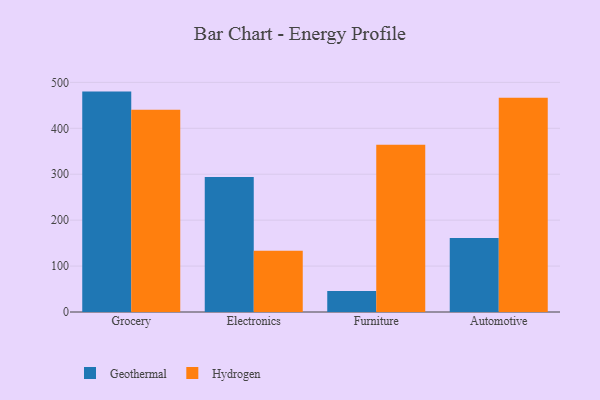
{"axis": {"x": "Category", "y": "Bounce Rate (%)"}, "legend": ["Geothermal", "Hydrogen"], "data": [{"x": "Grocery", "y": 479.9, "type": "Geothermal"}, {"x": "Grocery", "y": 440.5, "type": "Hydrogen"}, {"x": "Electronics", "y": 293.9, "type": "Geothermal"}, {"x": "Electronics", "y": 133.2, "type": "Hydrogen"}, {"x": "Furniture", "y": 45.9, "type": "Geothermal"}, {"x": "Furniture", "y": 364.1, "type": "Hydrogen"}, {"x": "Automotive", "y": 161.3, "type": "Geothermal"}, {"x": "Automotive", "y": 466.6, "type": "Hydrogen"}]}